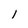
Character: l